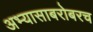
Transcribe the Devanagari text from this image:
अभ्यासाबरोबरच